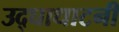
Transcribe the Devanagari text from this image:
उद्घाधाटनी